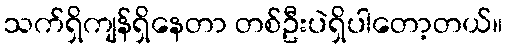
သက်ရှိကျန်ရှိနေတာ တစ်ဦးပဲရှိပါတော့တယ်။